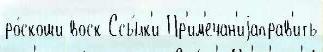
ро́скоши воск Ссы́лк'и Пр'им'ечан'иjаправ'ить